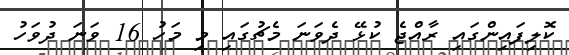
ކޮލިފައިންގައި ރާއްޖެ ކުޅޭ ދެވަނަ މެޗުގައި މި މަހު 16 ވަނަ ދުވަހު